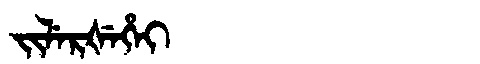
Manchu: ᠵᡳᠯᡝᡵᡧᡝᡥᡝᡳ
Romanization: JILERŠEHEI